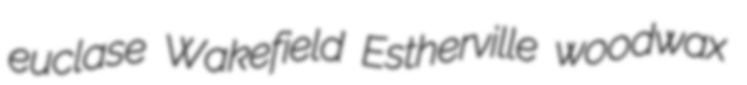
euclase Wakefield Estherville woodwax